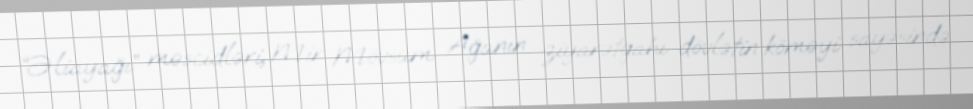
“Əliayağı” məscidləri, Mir Mövsüm Ağanın ziyarətgahı dövlətin köməyi sayəsində